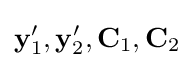
\mathbf {y} '_{1},\mathbf {y} '_{2},\mathbf {C} _{1},\mathbf {C} _{2}